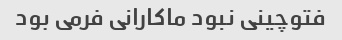
فتوچینی نبود ماکارانی فرمی بود